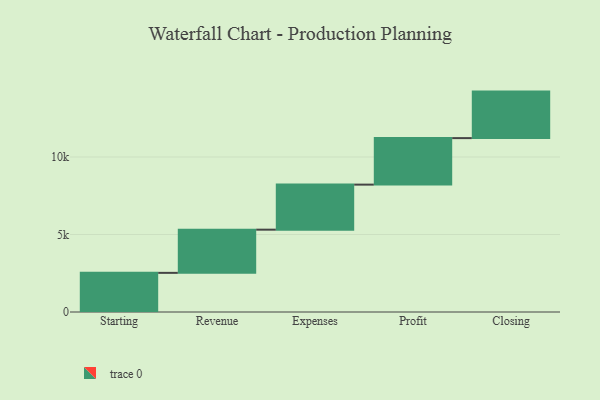
{"axis": {"x": "Step", "y": "Value"}, "legend": [""], "data": [{"x": "Starting", "y": 2525.0, "type": ""}, {"x": "Revenue", "y": 2786.0, "type": ""}, {"x": "Expenses", "y": 2906.0, "type": ""}, {"x": "Profit", "y": 3000, "type": ""}, {"x": "Closing", "y": 3000, "type": ""}]}